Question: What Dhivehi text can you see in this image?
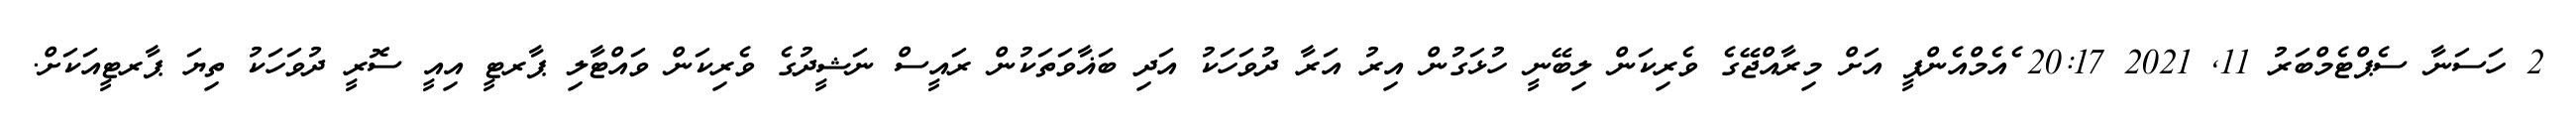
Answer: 2 ހަސަނާ ސެޕްޓެމްބަރު 11, 2021 20:17 ެއެމްއެންޕީ އަށް މިރާއްޖޭގެ ވެރިކަން ލިބޭނީ ހުޅަގުން އިރު އަރާ ދުވަހަކު އަދި ބަޣާވަތަކުން ރައީސް ނަޝީދުގެ ވެރިކަން ވައްޓާލި ޕާރޓީ އިއީ ސޮރީ ދުވަހަކު ތިޔަ ޕާރޓީއަކަށް.